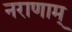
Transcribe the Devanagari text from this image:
नराणाम्